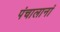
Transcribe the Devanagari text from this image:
पंचालानां